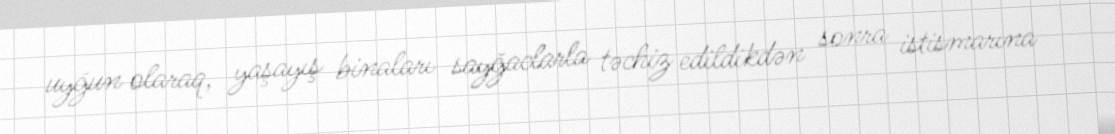
uyğun olaraq, yaşayış binaları sayğaclarla təchiz edildikdən sonra istismarına